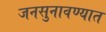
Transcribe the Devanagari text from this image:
जनसुनावण्यात